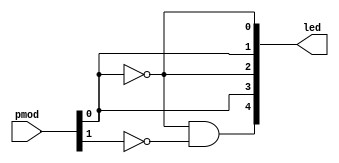
// Module: button 0 illuminates 2 LEDs  button 0 and 1 illuminate all leds
module and_gate (
    // Inputs
    input [1:0] pmod,

    // Outputs
    output [4:0] led
);

    // Wire declarations
    wire not_pmod_0;

    // Continuous assignment: replicate 1 wire to 2 outputs
    assign not_pmod_0 = ~pmod[0];
    assign led[0] = {2{not_pmod_0}};
    assign led[2] = {2{not_pmod_0}};
    assign led[1] = {2{~not_pmod_0}};
    assign led[3] = {2{~not_pmod_0}};

    // Continuous assignment: NOT and AND operators
    assign led[4] = not_pmod_0 & ~pmod[1];

endmodule